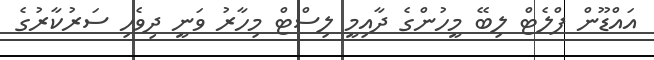
އައްޑޫން ފްލެޓް ލިބޭ މީހުންގެ ދާއިމީ ލިސްޓް މިހާރު ވަނީ ދިވެހި ސަރުކާރުގެ